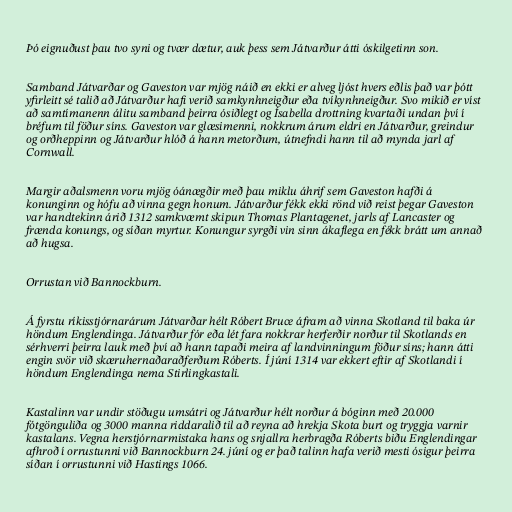
Þó eignuðust þau tvo syni og tvær dætur, auk þess sem Játvarður átti óskilgetinn son.

Samband Játvarðar og Gaveston var mjög náið en ekki er alveg ljóst hvers eðlis það var þótt
yfirleitt sé talið að Játvarður hafi verið samkynhneigður eða tvíkynhneigður. Svo mikið er víst
að samtímanenn álitu samband þeirra ósiðlegt og Ísabella drottning kvartaði undan því í
bréfum til föður síns. Gaveston var glæsimenni, nokkrum árum eldri en Játvarður, greindur
og orðheppinn og Játvarður hlóð á hann metorðum, útnefndi hann til að mynda jarl af
Cornwall.

Margir aðalsmenn voru mjög óánægðir með þau miklu áhrif sem Gaveston hafði á
konunginn og hófu að vinna gegn honum. Játvarður fékk ekki rönd við reist þegar Gaveston
var handtekinn árið 1312 samkvæmt skipun Thomas Plantagenet, jarls af Lancaster og
frænda konungs, og síðan myrtur. Konungur syrgði vin sinn ákaflega en fékk brátt um annað
að hugsa.

Orrustan við Bannockburn.

Á fyrstu ríkisstjórnarárum Játvarðar hélt Róbert Bruce áfram að vinna Skotland til baka úr
höndum Englendinga. Játvarður fór eða lét fara nokkrar herferðir norður til Skotlands en
sérhverri þeirra lauk með því að hann tapaði meira af landvinningum föður síns; hann átti
engin svör við skæruhernaðaraðferðum Róberts. Í júní 1314 var ekkert eftir af Skotlandi í
höndum Englendinga nema Stirlingkastali.

Kastalinn var undir stöðugu umsátri og Játvarður hélt norður á bóginn með 20.000
fótgönguliða og 3000 manna riddaralið til að reyna að hrekja Skota burt og tryggja varnir
kastalans. Vegna herstjórnarmistaka hans og snjallra herbragða Róberts biðu Englendingar
afhroð í orrustunni við Bannockburn 24. júní og er það talinn hafa verið mesti ósigur þeirra
síðan í orrustunni við Hastings 1066.